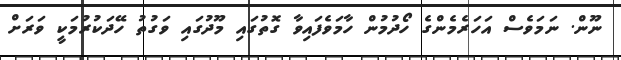
ނޫން. ނަމަވެސް އަހަރެމެންގެ ހޯދުމުން ހާމަވެފައިވާ ގޮތުގައި މޫދުގައި ވަގުތު ހޭދަކުރުމަކީ ވަރަށް